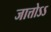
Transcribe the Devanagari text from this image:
जात्तोऽऽ